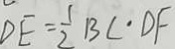
D E = \frac { 1 } { 2 } B C \cdot D F